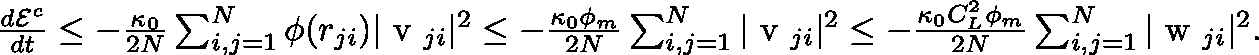
\begin{array} { r } { \frac { d \mathcal { E } ^ { c } } { d t } \leq - \frac { \kappa _ { 0 } } { 2 N } \sum _ { i , j = 1 } ^ { N } \phi ( r _ { j i } ) | \mathrm { \boldmath ~ v ~ } _ { j i } | ^ { 2 } \leq - \frac { \kappa _ { 0 } \phi _ { m } } { 2 N } \sum _ { i , j = 1 } ^ { N } | \mathrm { \boldmath ~ v ~ } _ { j i } | ^ { 2 } \leq - \frac { \kappa _ { 0 } C _ { L } ^ { 2 } \phi _ { m } } { 2 N } \sum _ { i , j = 1 } ^ { N } | \mathrm { \boldmath ~ w ~ } _ { j i } | ^ { 2 } . } \end{array}